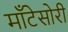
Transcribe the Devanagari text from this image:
माँटेसोरी